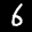
Label: 6